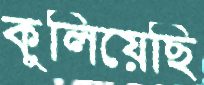
কুলিয়েছি